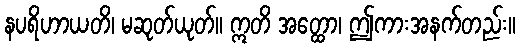
နပရိဟာယတိ၊ မဆုတ်ယုတ်။ ဣတိ အတ္ထော၊ ဤကားအနက်တည်း။